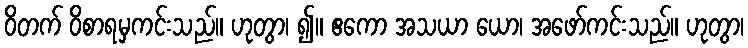
ဝိတက် ဝိစာရမှကင်းသည်။ ဟုတွာ၊ ၍။ ဧကော အသယာ ယော၊ အဖော်ကင်းသည်။ ဟုတွာ၊